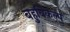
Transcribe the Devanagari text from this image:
बहुविकल्प